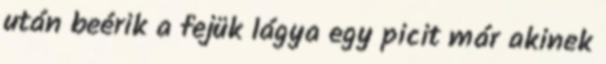
után beérik a fejük lágya egy picit már akinek